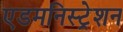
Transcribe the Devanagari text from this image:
एडमनिस्ट्रेशन